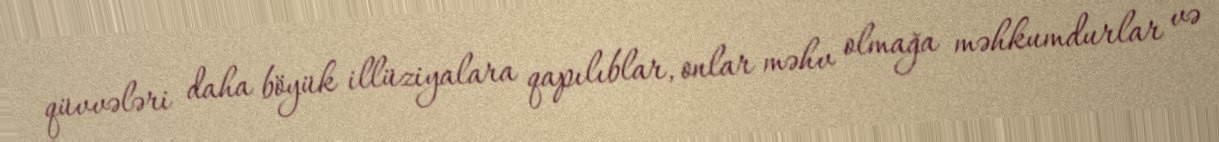
qüvvələri daha böyük illüziyalara qapılıblar, onlar məhv olmağa məhkumdurlar və